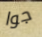
جوا